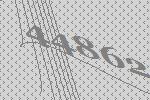
44862